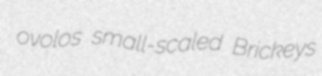
ovolos small-scaled Brickeys